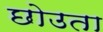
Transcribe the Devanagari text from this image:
छोउता